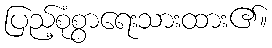
ပြည့်စုံစွာရေးသားထား၏။